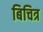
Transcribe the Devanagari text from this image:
बिचित्र